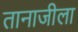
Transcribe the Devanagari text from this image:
तानाजीला